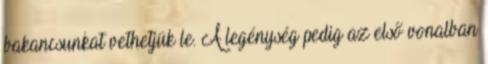
bakancsunkat vethetjük le. A legénység pedig az első vonalban